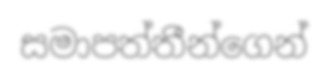
සමාපත්තීන්ගෙන්